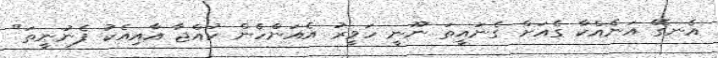
އެނގޭ އަނެއްކާ ގެއަށް ގެނައީތަ ނޫނީ ހަވީރު އެއަންހެން ކުއްޖާ އާއިއެކު ފެނުނީތަ"